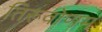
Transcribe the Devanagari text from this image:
तिरूवोणम